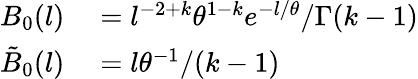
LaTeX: \begin{array}{rl}{B_{0}(l)}&{{}=l^{-2+k}\theta^{1-k}e^{-l/\theta}/\Gamma(k-1)}\\ {\tilde{B}_{0}(l)}&{{}=l\theta^{-1}/(k-1)}\end{array}